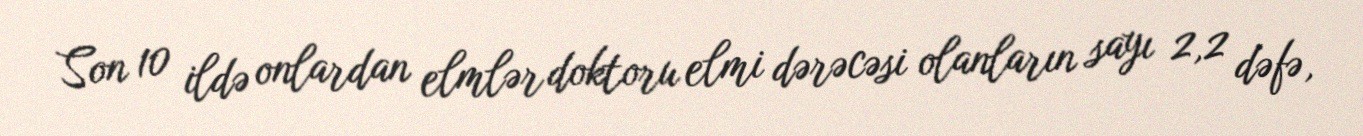
Son 10 ildə onlardan elmlər doktoru elmi dərəcəsi olanların sayı 2,2 dəfə,